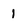
Character: 1